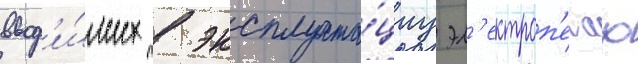
ввод'и́мых в эксплуата́циу эл'ектроп'ечах